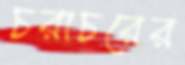
চরাচরের